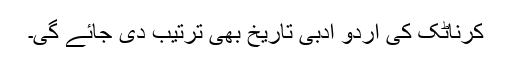
کرناٹک کی اُردو ادبی تاریخ بھی ترتیب دی جائے گی۔